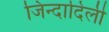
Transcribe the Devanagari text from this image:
जिन्दादिली